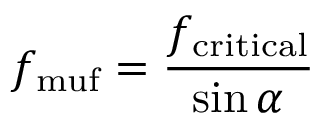
f _ { \mathrm { m u f } } = { \frac { f _ { \mathrm { c r i t i c a l } } } { \sin \alpha } }